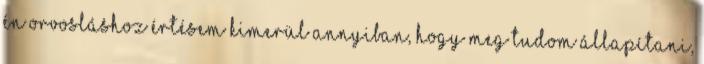
én orvosláshoz értésem kimerül annyiban, hogy meg tudom állapítani,